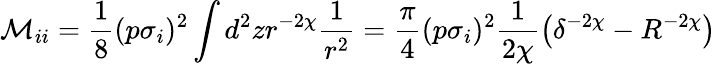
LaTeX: \mathcal M_{ii}=\frac{1}{8}(p\sigma_{i})^{2}\int d^{2}zr^{-2\chi}\frac{1}{r^{2}}=\frac{\pi}{4}(p\sigma_{i})^{2}\frac{1}{2\chi}\left(\delta^{-2\chi}-R^{-2\chi}\right)